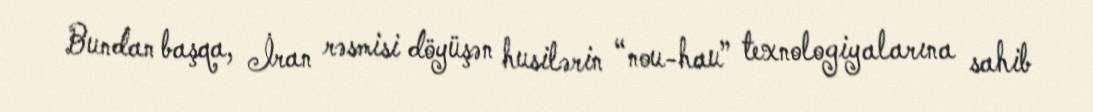
Bundan başqa, İran rəsmisi döyüşən husilərin “nou-hau” texnologiyalarına sahib